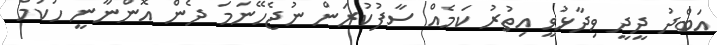
އަބްދު ދީދީ ވިދާޅުވީ އިތުރު ކަމެއް ސާފުކުރަން ނުޖެހޭނަމަ ދެން އޮންނާނީ ހުކުމް